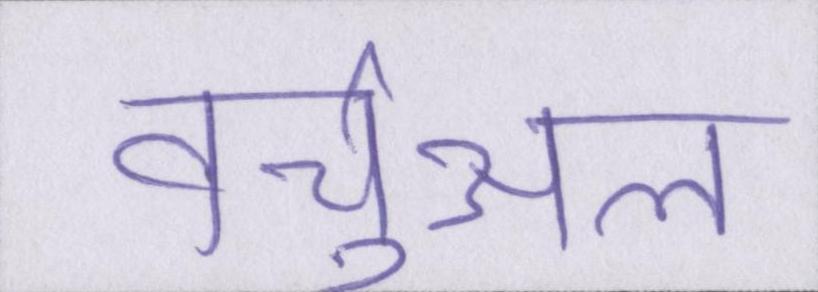
वर्चुअल